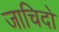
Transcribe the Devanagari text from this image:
जाचिदो